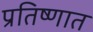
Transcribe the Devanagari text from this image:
प्रतिष्णात